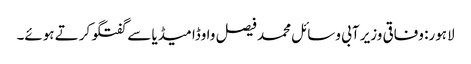
لاہور: وفاقی وزیر آبی وسائل محمد فیصل واوڈا میڈیا سے گفتگو کرتے ہوئے۔